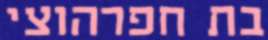
בת חפרהוצי